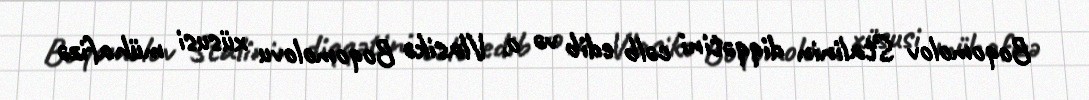
Boqomolov Stalinin diqqətini cəlb edib və o, Vlasikə Boqomolovu xüsusi mühafizə